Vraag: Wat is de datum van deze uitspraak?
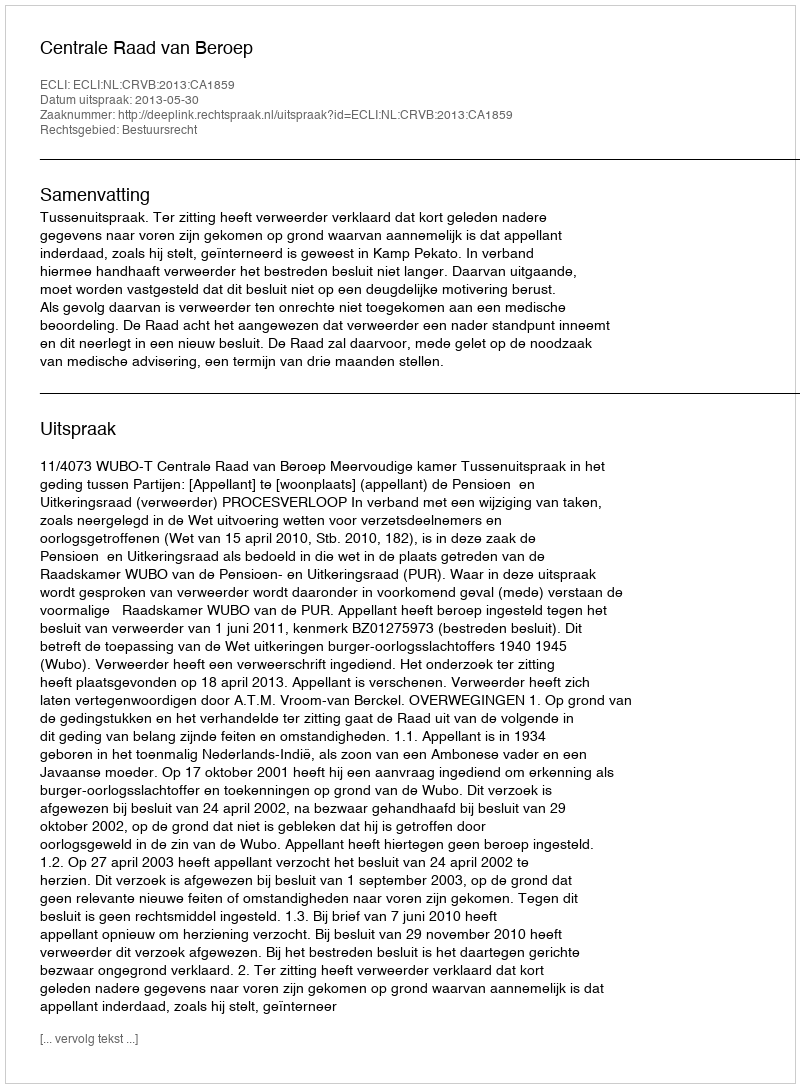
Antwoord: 2013-05-30